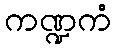
ကဏ္ဍကံ